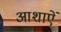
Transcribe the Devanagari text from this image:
आशाऐं